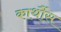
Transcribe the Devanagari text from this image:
कार्थौस